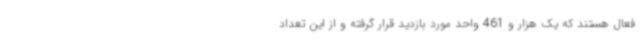
فعال هستند که یک هزار و 461 واحد مورد بازدید قرار گرفته و از این تعداد